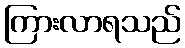
ကြားလာရသည်